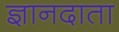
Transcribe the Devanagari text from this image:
ज्ञानदाता